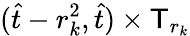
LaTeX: (\hat{t}-r_{k}^{2},\hat{t})\times\mathsf T_{r_{k}}